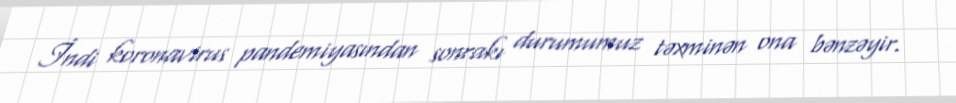
İndi koronavirus pandemiyasından sonrakı durumumuz təxminən ona bənzəyir.